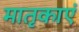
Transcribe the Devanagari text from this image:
मातृकाएं